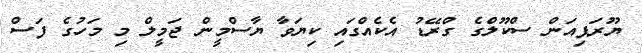
ޔޫރަޕިއަން ސްކޫލްގެ ގްރޭޑު އެކެއްގައި ކިޔަވާ ޔާސްމީން ޖަމީލް މި މަހުގެ ފަސް